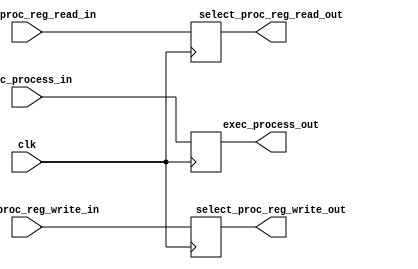
module ControlSignalMemomry(clk, exec_process_in, select_proc_reg_write_in, select_proc_reg_read_in, exec_process_out, select_proc_reg_write_out, select_proc_reg_read_out);
	input clk,exec_process_in, select_proc_reg_write_in, select_proc_reg_read_in;
	output reg exec_process_out, select_proc_reg_write_out, select_proc_reg_read_out;

	always @(posedge clk) begin
		exec_process_out <= exec_process_in;
		select_proc_reg_write_out <= select_proc_reg_write_in;
		select_proc_reg_read_out <= select_proc_reg_read_in;
	end
endmodule